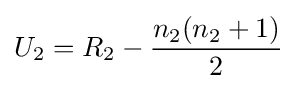
U_{2}=R_{2}-{n_{2}(n_{2}+1) \over 2}\,\!